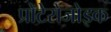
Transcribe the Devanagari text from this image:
प्रोटेरोजोइक